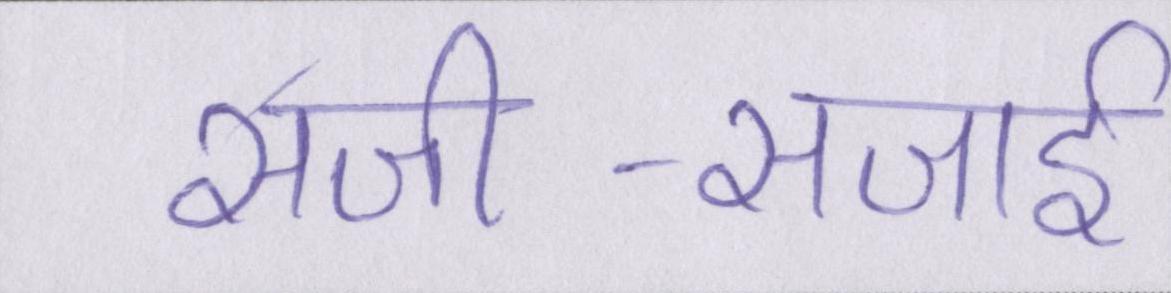
सजी-सजाई